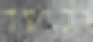
וכיצד